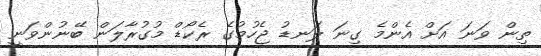
ތިން ވަނަ އަށް އެންމެ ގިނަ ލަނޑު ޖެހުމުގެ ރެކޯޑް މުގުރާލަން ބޭނުންވަނީ